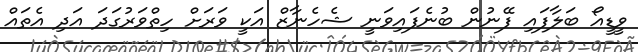
ވީޑީއޯ ބަލާފައި ފޭނުން ބުނެފައިވަނީ ޝެހެނާޒް އަކީ ވަރަށް ހިތްވަރުގަދަ އަދި އެތައް